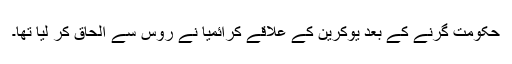
حکومت گرنے کے بعد یوکرین کے علاقے کرائمیا نے روس سے الحاق کر لیا تھا۔